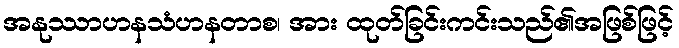
အနုဿာဟနသံဟနတာစ၊ အား ထုတ်ခြင်းကင်းသည်၏အဖြစ်ဖြင့်